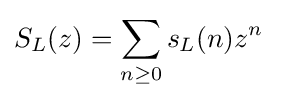
S_{L}(z)=\sum _{n\geq 0}s_{L}(n)z^{n}\